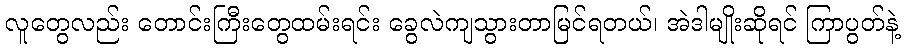
လူတွေလည်း တောင်းကြီးတွေထမ်းရင်း ခွေလဲကျသွားတာမြင်ရတယ်၊ အဲဒါမျိုးဆိုရင် ကြာပွတ်နဲ့